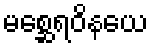
မစ္ဆေရဝိနယေ